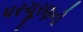
પરચૂરણની